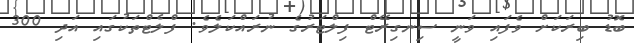
ބޮޑު ބިރަކަށް ވެފައި ވަނީ ސިނގިރޭޓް ފިލްޓަރުގެ ނުރައްކަލެވެ. ފްލެޓްތަކުގައި އަދި 300